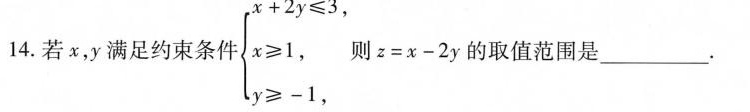
14.若x，y满足约束条件{ $$ \left\ { \begin{matrix } x+2y \\ x \geq 1 , \\ y \ge -1 \\ \end{ matrix } \right$$ 则z=x-2y的取值范围是_____.